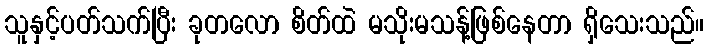
သူနှင့်ပတ်သက်ပြီး ခုတလော စိတ်ထဲ မသိုးမသန့်ဖြစ်နေတာ ရှိသေးသည်။